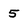
Character: 5